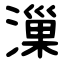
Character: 漅